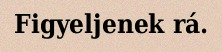
Figyeljenek rá.